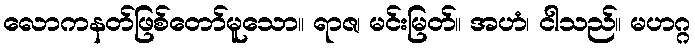
လောကနတ်ဖြစ်တော်မူသော။ ရာဇ၊ မင်းမြတ်။ အဟံ၊ ငါသည်။ မဟဂ္ဂ